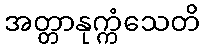
အတ္တာနုက္ကံသေတိ